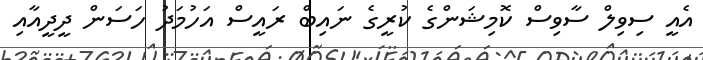
އެއީ ސިވިލް ސާވިސް ކޮމިޝަންގެ ކުރީގެ ނައިބް ރައީސް އަހުމަދު ހަސަން ދީދީއާއި